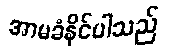
အာမခံနိုင်ပါသည်